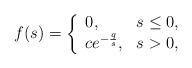
LaTeX: \begin{align*}f(s)= \left\{ \begin{array}{ll} 0,&s\leq0,\\ ce^{-\frac{q}{s}},&s>0, \end{array}\right.\end{align*}